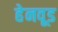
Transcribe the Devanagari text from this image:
हेनवूड